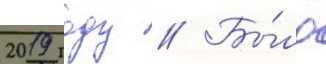
2019 году // Бы́ло